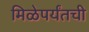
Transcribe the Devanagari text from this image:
मिळेपर्यंतची